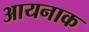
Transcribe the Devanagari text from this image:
आयनाक